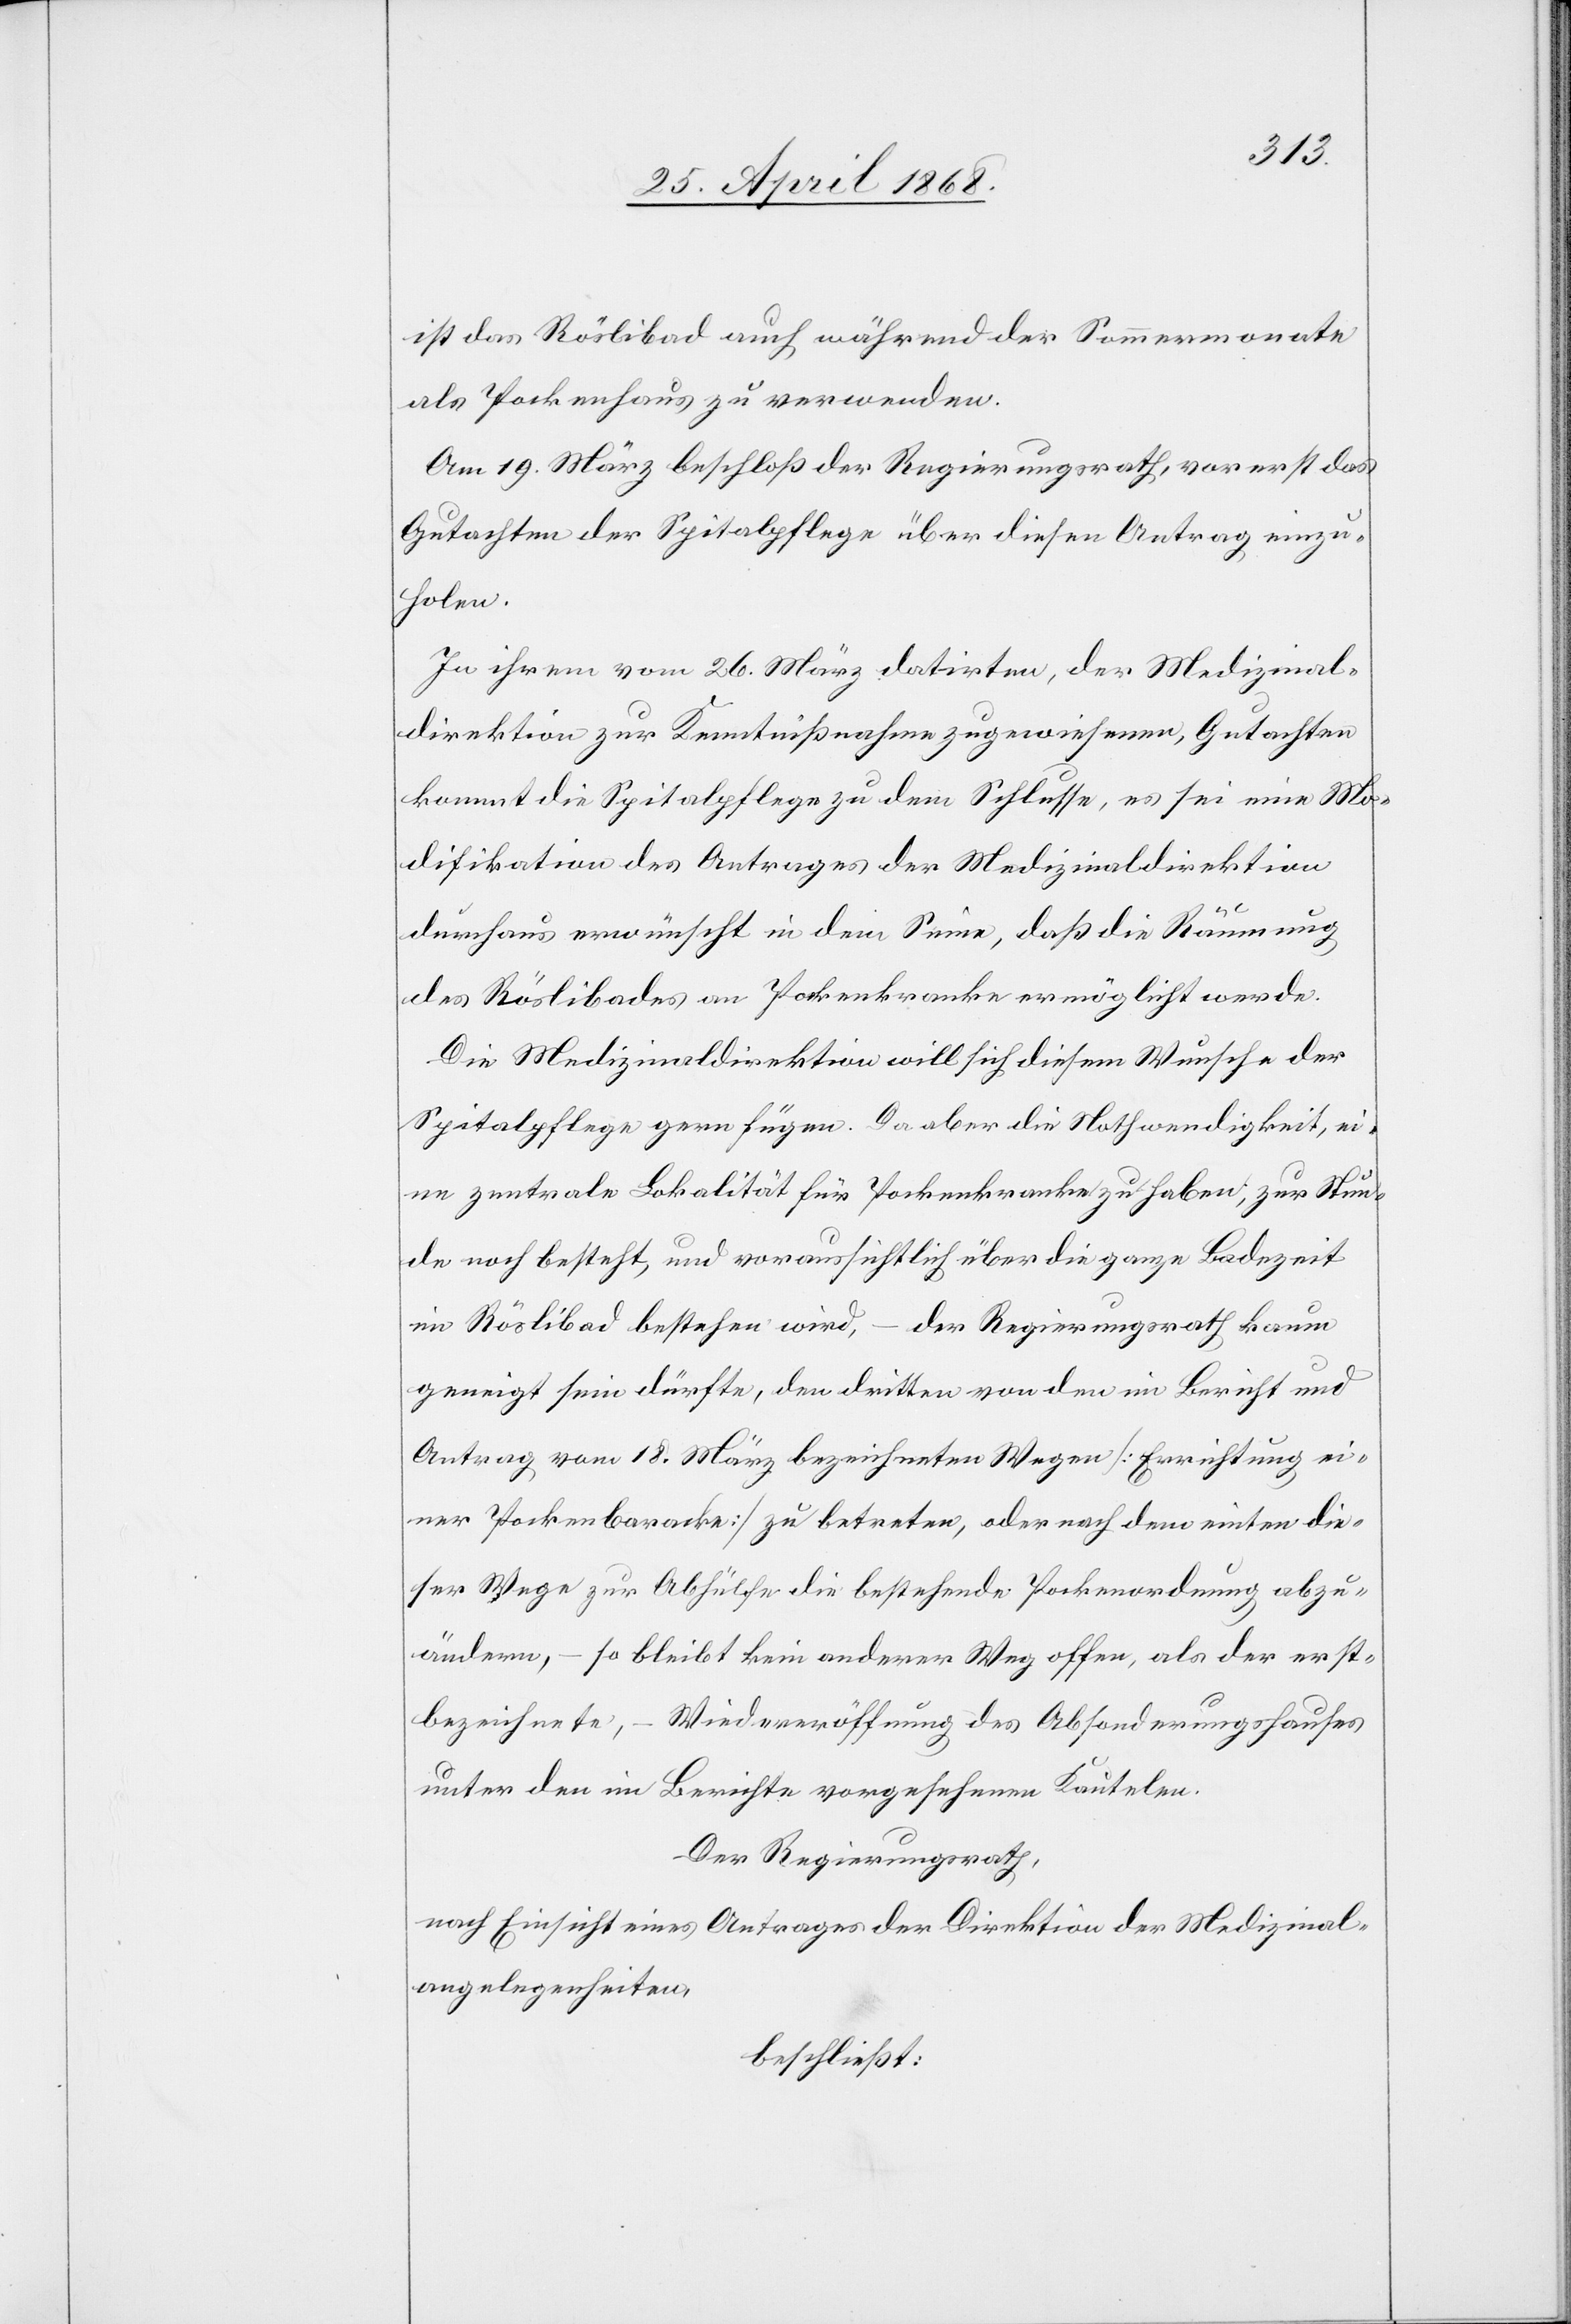
ist das Röslibad auch während der Sommermonate
als Pockenhaus zu verwenden.
Am 19. März beschloß der Regierungsrath, vorerst das
Gutachten der Spitalpflege über diesen Antrag einzu¬
holen.
In ihrem vom 26. März datirten, der Medizinal¬
direktion zur Kenntnißnahme zugewiesenen, Gutachten
kommt die Spitalpflege zu dem Schlusse, es sei eine Mo¬
difikation des Antrages der Medizinaldirektion
durchaus erwünscht in dem Sinne, daß die Räumung
des Röslibades an Pockenkranke ermöglicht werde.
Die Medizinaldirektion will sich diesem Wunsche der
Spitalpflege gern fügen. Da aber die Nothwendigkeit, ei¬
ne zentrale Lokalität für Pockenkranke zu haben, zur Stun¬
de noch besteht, und voraussichtlich über die ganze Badezeit
im Röslibad bestehen wird, – der Regierungsrath kaum
geneigt sein dürfte, den dritten von den im Bericht und
Antrag vom 18. März bezeichneten Wegen [Errichtung ei¬
ner Pockenbaracke] zu betreten, oder nach dem einten die¬
ser Wege zur Abhülfe die bestehende Pockenordnung abzu¬
ändern, – so bleibt kein anderer Weg offen, als der erst¬
bezeichnete, – Wiedereröffnung des Absonderungshauses
unter den im Berichte vorgesehenen Kautelen.
Der Regierungsrath,
nach Einsicht eines Antrages der Direktion der Medizinal¬
angelegenheiten,
beschließt: